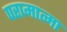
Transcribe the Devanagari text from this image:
परामात्मा